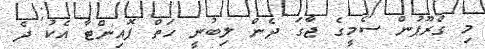
މި ގްރޫޕުން ސެމީގެ ޖާގަ ދެން ލިބުނީ ހަތް ޕޮއިންޓާ އެކު ދެ